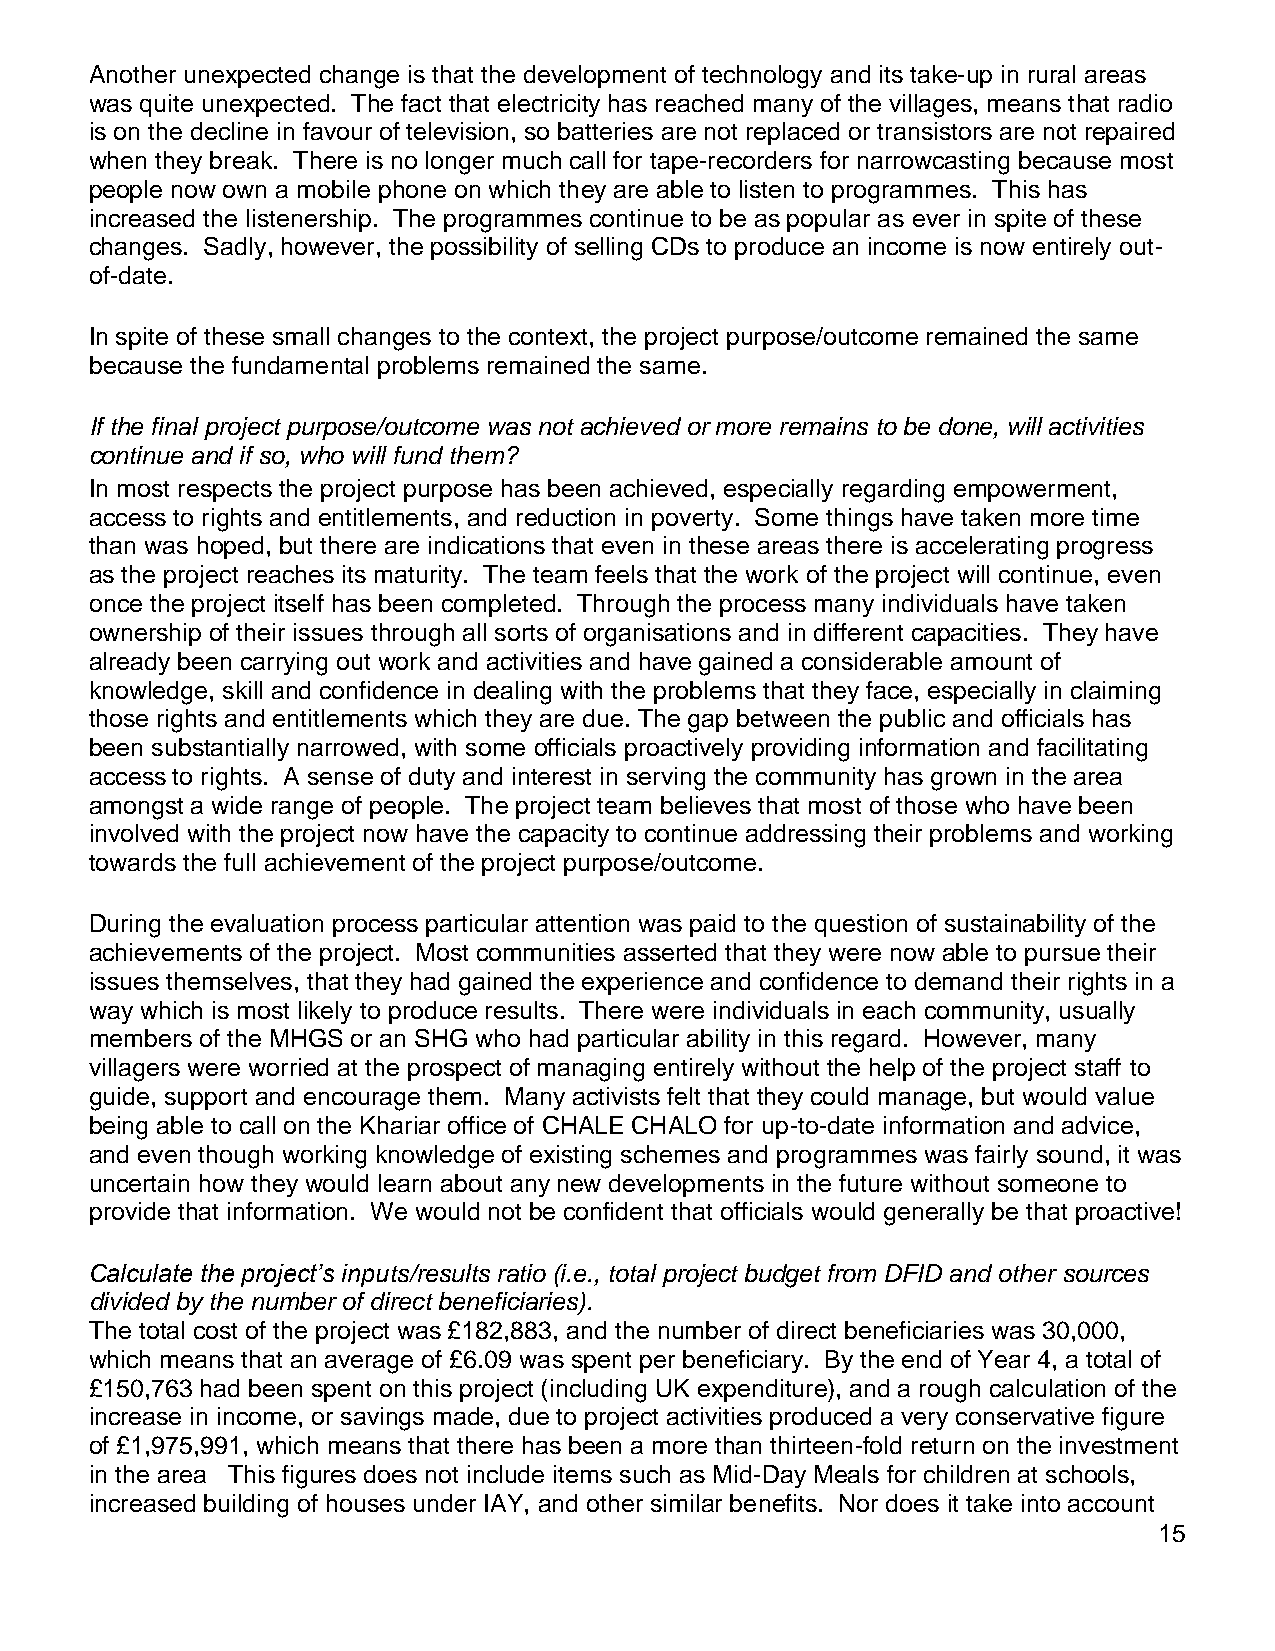
Another unexpected change is that the development of technology and its take-up in rural areas
 was quite unexpected. The fact that electricity has reached many of the villages, means that radio
 is on the decline in favour of television, so batteries are not replaced or transistors are not repaired
 when they break. There is no longer much call for tape-recorders for narrowcasting because most
 people now own a mobile phone on which they are able to listen to programmes. This has
 increased the listenership. The programmes continue to be as popular as ever in spite of these
 changes. Sadly, however, the possibility of selling CDs to produce an income is now entirely out-
 of-date.
 In spite of these small changes to the context, the project purpose/outcome remained the same
 because the fundamental problems remained the same.
 If the final project purpose/outcome was not achieved or more remains to be done, will activities
 continue and if so, who will fund them?
 In most respects the project purpose has been achieved, especially regarding empowerment,
 access to rights and entitlements, and reduction in poverty. Some things have taken more time
 than was hoped, but there are indications that even in these areas there is accelerating progress
 as the project reaches its maturity. The team feels that the work of the project will continue, even
 once the project itself has been completed. Through the process many individuals have taken
 ownership of their issues through all sorts of organisations and in different capacities. They have
 already been carrying out work and activities and have gained a considerable amount of
 knowledge, skill and confidence in dealing with the problems that they face, especially in claiming
 those rights and entitlements which they are due. The gap between the public and officials has
 been substantially narrowed, with some officials proactively providing information and facilitating
 access to rights. A sense of duty and interest in serving the community has grown in the area
 amongst a wide range of people. The project team believes that most of those who have been
 involved with the project now have the capacity to continue addressing their problems and working
 towards the full achievement of the project purpose/outcome.
 During the evaluation process particular attention was paid to the question of sustainability of the
 achievements of the project. Most communities asserted that they were now able to pursue their
 issues themselves, that they had gained the experience and confidence to demand their rights in a
 way which is most likely to produce results. There were individuals in each community, usually
 members of the MHGS or an SHG who had particular ability in this regard. However, many
 villagers were worried at the prospect of managing entirely without the help of the project staff to
 guide, support and encourage them. Many activists felt that they could manage, but would value
 being able to call on the Khariar office of CHALE CHALO for up-to-date information and advice,
 and even though working knowledge of existing schemes and programmes was fairly sound, it was
 uncertain how they would learn about any new developments in the future without someone to
 provide that information. We would not be confident that officials would generally be that proactive!
 Calculate the project’s inputs/results ratio (i.e., total project budget from DFID and other sources
 divided by the number of direct beneficiaries).
 The total cost of the project was £182,883, and the number of direct beneficiaries was 30,000,
 which means that an average of £6.09 was spent per beneficiary. By the end of Year 4, a total of
 £150,763 had been spent on this project (including UK expenditure), and a rough calculation of the
 increase in income, or savings made, due to project activities produced a very conservative figure
 of £1,975,991, which means that there has been a more than thirteen-fold return on the investment
 in the area This figures does not include items such as Mid-Day Meals for children at schools,
 increased building of houses under IAY, and other similar benefits. Nor does it take into account
 15